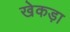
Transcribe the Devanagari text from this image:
खेकड़ा